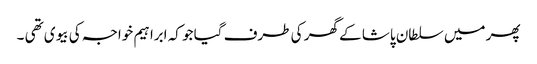
پھر میں سلطان پاشا کے گھر کی طرف گیا جو کہ ابراہیم خواجہ کی بیوی تھی ۔